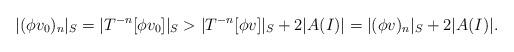
LaTeX: \begin{align*} \lvert (\phi v_0)_n\rvert_S=\lvert T^{-n}[\phi v_0]\rvert_S>\lvert T^{-n}[\phi v]\rvert_S+2\lvert A(I) \rvert=\lvert(\phi v)_n\rvert_S+2\lvert A(I)\rvert.\end{align*}